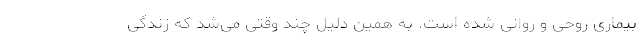
بیماری روحی و روانی شده است. به همین دلیل چند وقتی می‌شد که زندگی